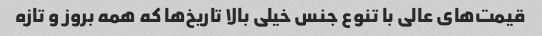
قیمت‌های عالی با تنوع جنس خیلی بالا تاریخ‌ها که همه بروز و تازه